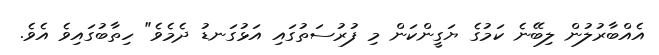
އެއްބާރުލުން ލިބޭނެ ކަމުގެ ޔަގީންކަން މި ފުރުސަތުގައި އަޅުގަނޑު ދެމެވެ" ހިތާބުގައިވެ އެވެ.